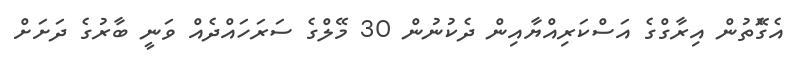
އެގެޮތުން އިރާގްގެ އަސްކަރިއްޔާއިން ދެކުނުން 30 މޭލްގެ ސަރަހައްދެއް ވަނީ ބާރުގެ ދަށަށް